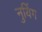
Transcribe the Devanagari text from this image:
नुयिंग